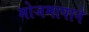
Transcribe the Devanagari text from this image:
मोजमापाने